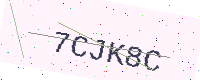
Text: 7CJK8C